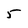
Character: 5